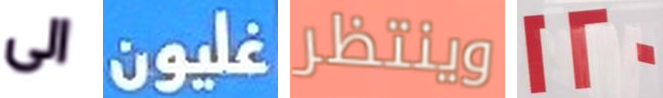
الى غليون وينتظر 120